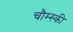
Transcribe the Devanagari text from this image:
चौम्स्की